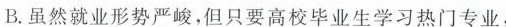
B.虽然就业形势严峻，但只要高校毕业生学习热门专业，